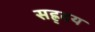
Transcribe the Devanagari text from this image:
सह्र्दय